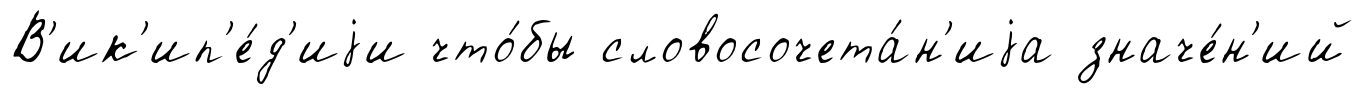
В'ик'ип'е́д'иjи что́бы словосочета́н'иjа значе́н'ий